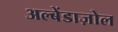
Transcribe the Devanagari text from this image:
अल्बेंडाज़ोल